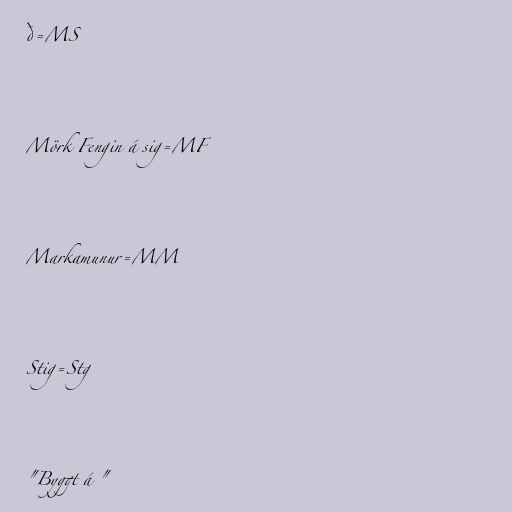
ð=MS

Mörk Fengin á sig=MF

Markamunur=MM

Stig=Stg

"Byggt á "